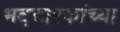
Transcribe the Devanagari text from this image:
भट्टारकांच्या